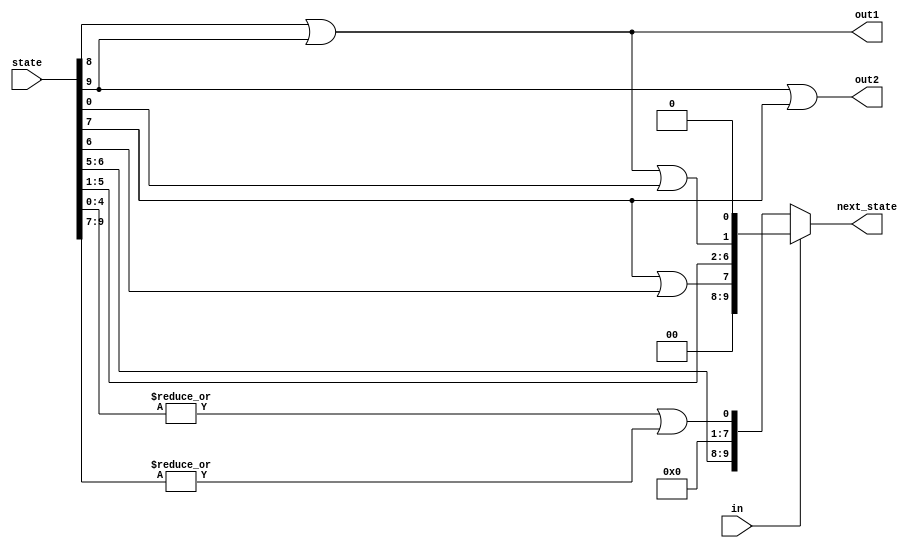
module top_module(
    input in,
    input [9:0] state,
    output [9:0] next_state,
    output out1,
    output out2);


    always @(*) begin
        if(in)begin
            next_state = {2'b00,state[7]|state[6],state[5:1],state[8]|state[9]|state[0],1'b0};
        end
        else begin
            next_state = {state[6:5],7'b0,(|state[4:0])|(|state[9:7])};
        end
    end

    assign out1 = state[8]|state[9];
    assign out2 = state[9]|state[7];
endmodule